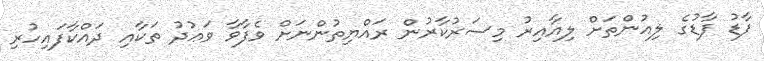
ފާޑު ފާޑުގެ ލިއުންތަށް ލިއާއިރު މިސަރުކާރުން ރައްޔިތުންނަށް ވެފާވާ ވަޢުދު ތަކާއި ދައްކާފައިހުރި